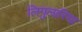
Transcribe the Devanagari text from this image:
लिगुलारिया